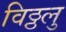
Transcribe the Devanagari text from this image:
विठ्ठलु